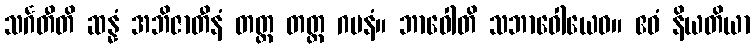
သင်္ဂတီတိ ဆန္နံ အဘိဇာတီနံ တတ္ထ တတ္ထ ဂမနံ။ ဘာဝေါတိ သဘာဝေါယေဝ။ ဧဝံ နိယတိယာ